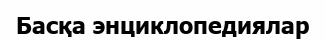
Басқа энциклопедиялар